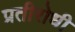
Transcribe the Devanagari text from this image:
प्रतीरोधी